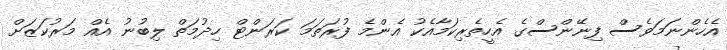
އެހެންނަމަވެސް ފިނޭންސްގެ އެހީތެެރިކަމާއެކު އެންމެ ފުރަތަމަ ކަރަންޓް ހިދުމަތް ލިބުނު އެއް މަރުކަޒަށް